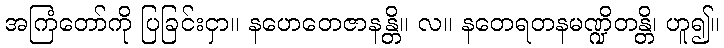
အကြံတော်ကို ပြခြင်းငှာ။ နဟေတေဇာနန္တိ။ လ။ နတေရတနမဏ္ဍိတန္တိ၊ ဟူ၍။